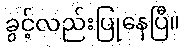
ခွင့်လည်းပြုနေပြီ။